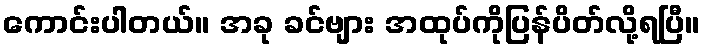
ကောင်းပါတယ်။ အခု ခင်ဗျား အထုပ်ကိုပြန်ပိတ်လို့ရပြီ။